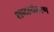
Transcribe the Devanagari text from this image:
शब्दार्थहरण